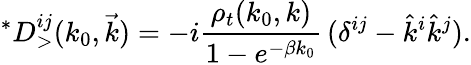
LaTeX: ^{*}D_{>}^{ij}(k_{0},\vec{k})=-i{\frac{\rho_{t}(k_{0},k)}{1-e^{-\beta k_{0}}}}\, (\delta^{ij}-\hat{k}^{i}\hat{k}^{j}).